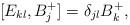
LaTeX: \begin{align*}[E_{kl},B_j^+]= \delta_{jl}B_k^+,\end{align*}